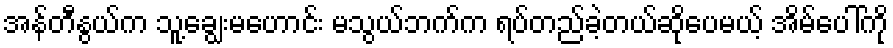
အန်တီနွယ်က သူ့ချွေးမဟောင်း မသွယ်ဘက်က ရပ်တည်ခဲ့တယ်ဆိုပေမယ့် အိမ်ပေါ်ကို